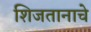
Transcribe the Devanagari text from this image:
शिजतानाचे